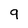
Character: 9